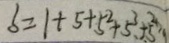
b = 1 + 5 + 5 ^ { 2 } + 5 ^ { 3 } + 5 ^ { 2 }